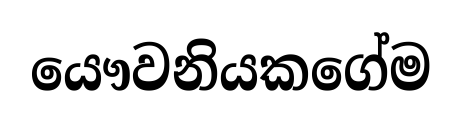
යෞවනියකගේම